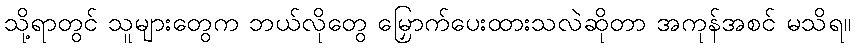
သို့ရာတွင် သူများတွေက ဘယ်လိုတွေ မြှောက်ပေးထားသလဲဆိုတာ အကုန်အစင် မသိရ။